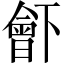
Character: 𣍋